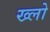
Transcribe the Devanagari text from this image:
ख्लो